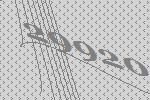
29920